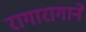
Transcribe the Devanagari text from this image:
रागारागाने